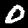
Label: 0